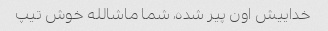
خداییش اون پیر شده، شما ماشالله خوش تیپ